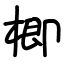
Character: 楖